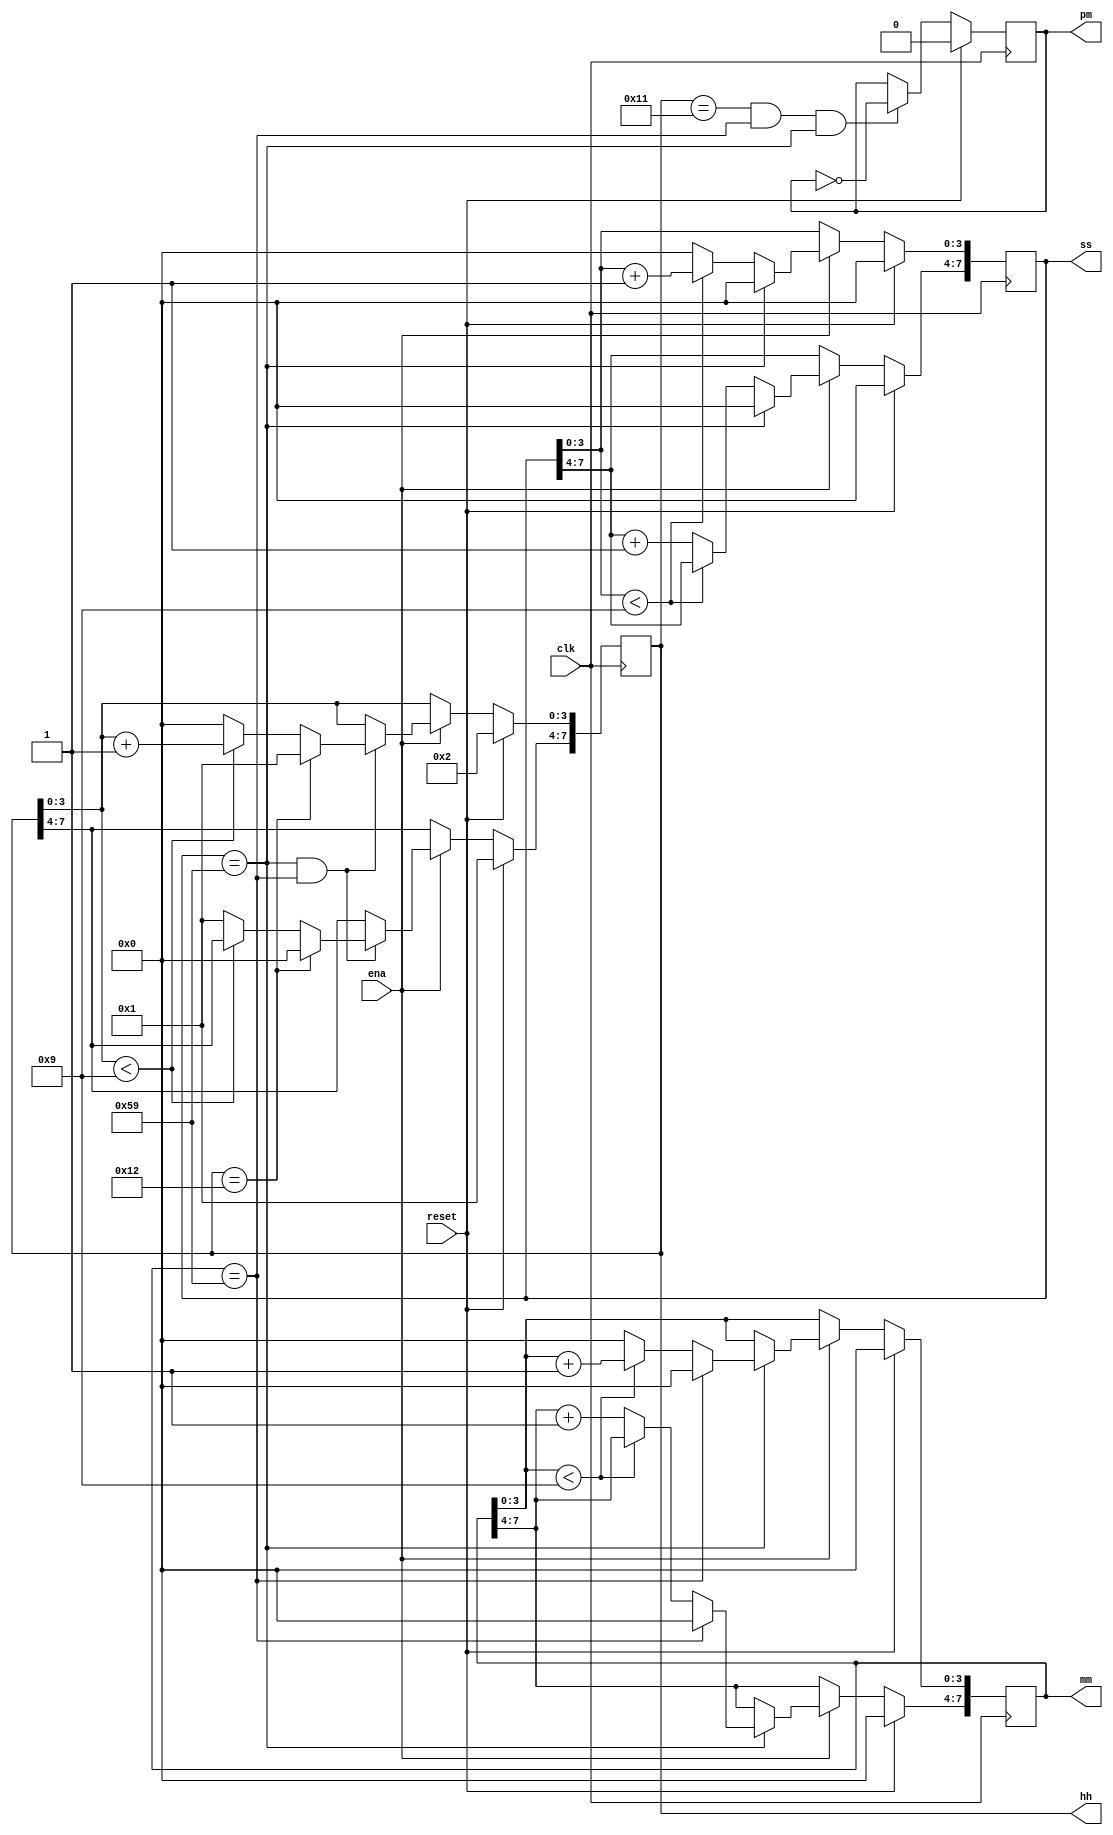
module top_module(
    input clk,
    input reset,
    input ena,
    output pm,
    output [7:0] hh,
    output [7:0] mm,
    output [7:0] ss); 
	//s
    always@(posedge clk) begin
        if (reset) begin
        	ss <= 8'h0;
        end
        else if (ena) begin
            if (ss == 8'h59) begin 
          		ss <= 8'h0;
            end
            else begin 
                if (ss[3:0] < 4'h9) begin 
                    ss[3:0] <= ss[3:0]+ 4'h1; 
                end
                else begin 
                    ss[7:4] <= ss[7:4] + 4'h1;
                    ss[3:0] <= 4'h0;
                end
            end
        end 
    end
	
    //m
    always@(posedge clk) begin
         if (reset) begin
        	mm <= 8'h0;
        end
        else if (ena) begin
            if (ss == 8'h59) begin 
                if(mm == 8'h59) begin
                	mm <= 8'h0;
                end
                else begin 
                    if (mm[3:0]<4'h9) begin 
                        mm[3:0] <= mm[3:0] +4'h1; 
                    end
                    else begin 
                        mm[7:4] <= mm[7:4] + 4'h1;
                        mm[3:0] <= 4'h0;
                    end
                end
            end
        end 
    end

	//h
    always@(posedge clk) begin
        if (reset) begin
            hh <= 8'h12;
        end
        else if (ena) begin 
            if (ss==8'h59&&mm==8'h59) begin
                if(hh == 8'h12) begin
                	hh <= 1'h1;
                end
                else begin
                    if (hh[3:0] < 4'h9) begin 
                        hh[3:0] <= hh[3:0] + 1'h1; 
                    end
                    else begin
                        hh[7:4] <= 4'h1;
                        hh[3:0] <= 4'h0;
                    end
                end
            end
        end
    end
    
    always@(posedge clk) begin 
        if (reset)
            pm <= 0;
        else if (hh==8'h11 && mm==8'h59 && ss==8'h59) begin 
        	pm <= ~pm;
        end
            
    end
endmodule